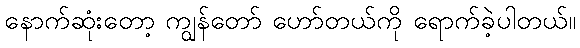
နောက်ဆုံးတော့ ကျွန်တော် ဟော်တယ်ကို ရောက်ခဲ့ပါတယ်။